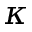
\kappa